Leningradi_Edasi_toimetus, lk 108
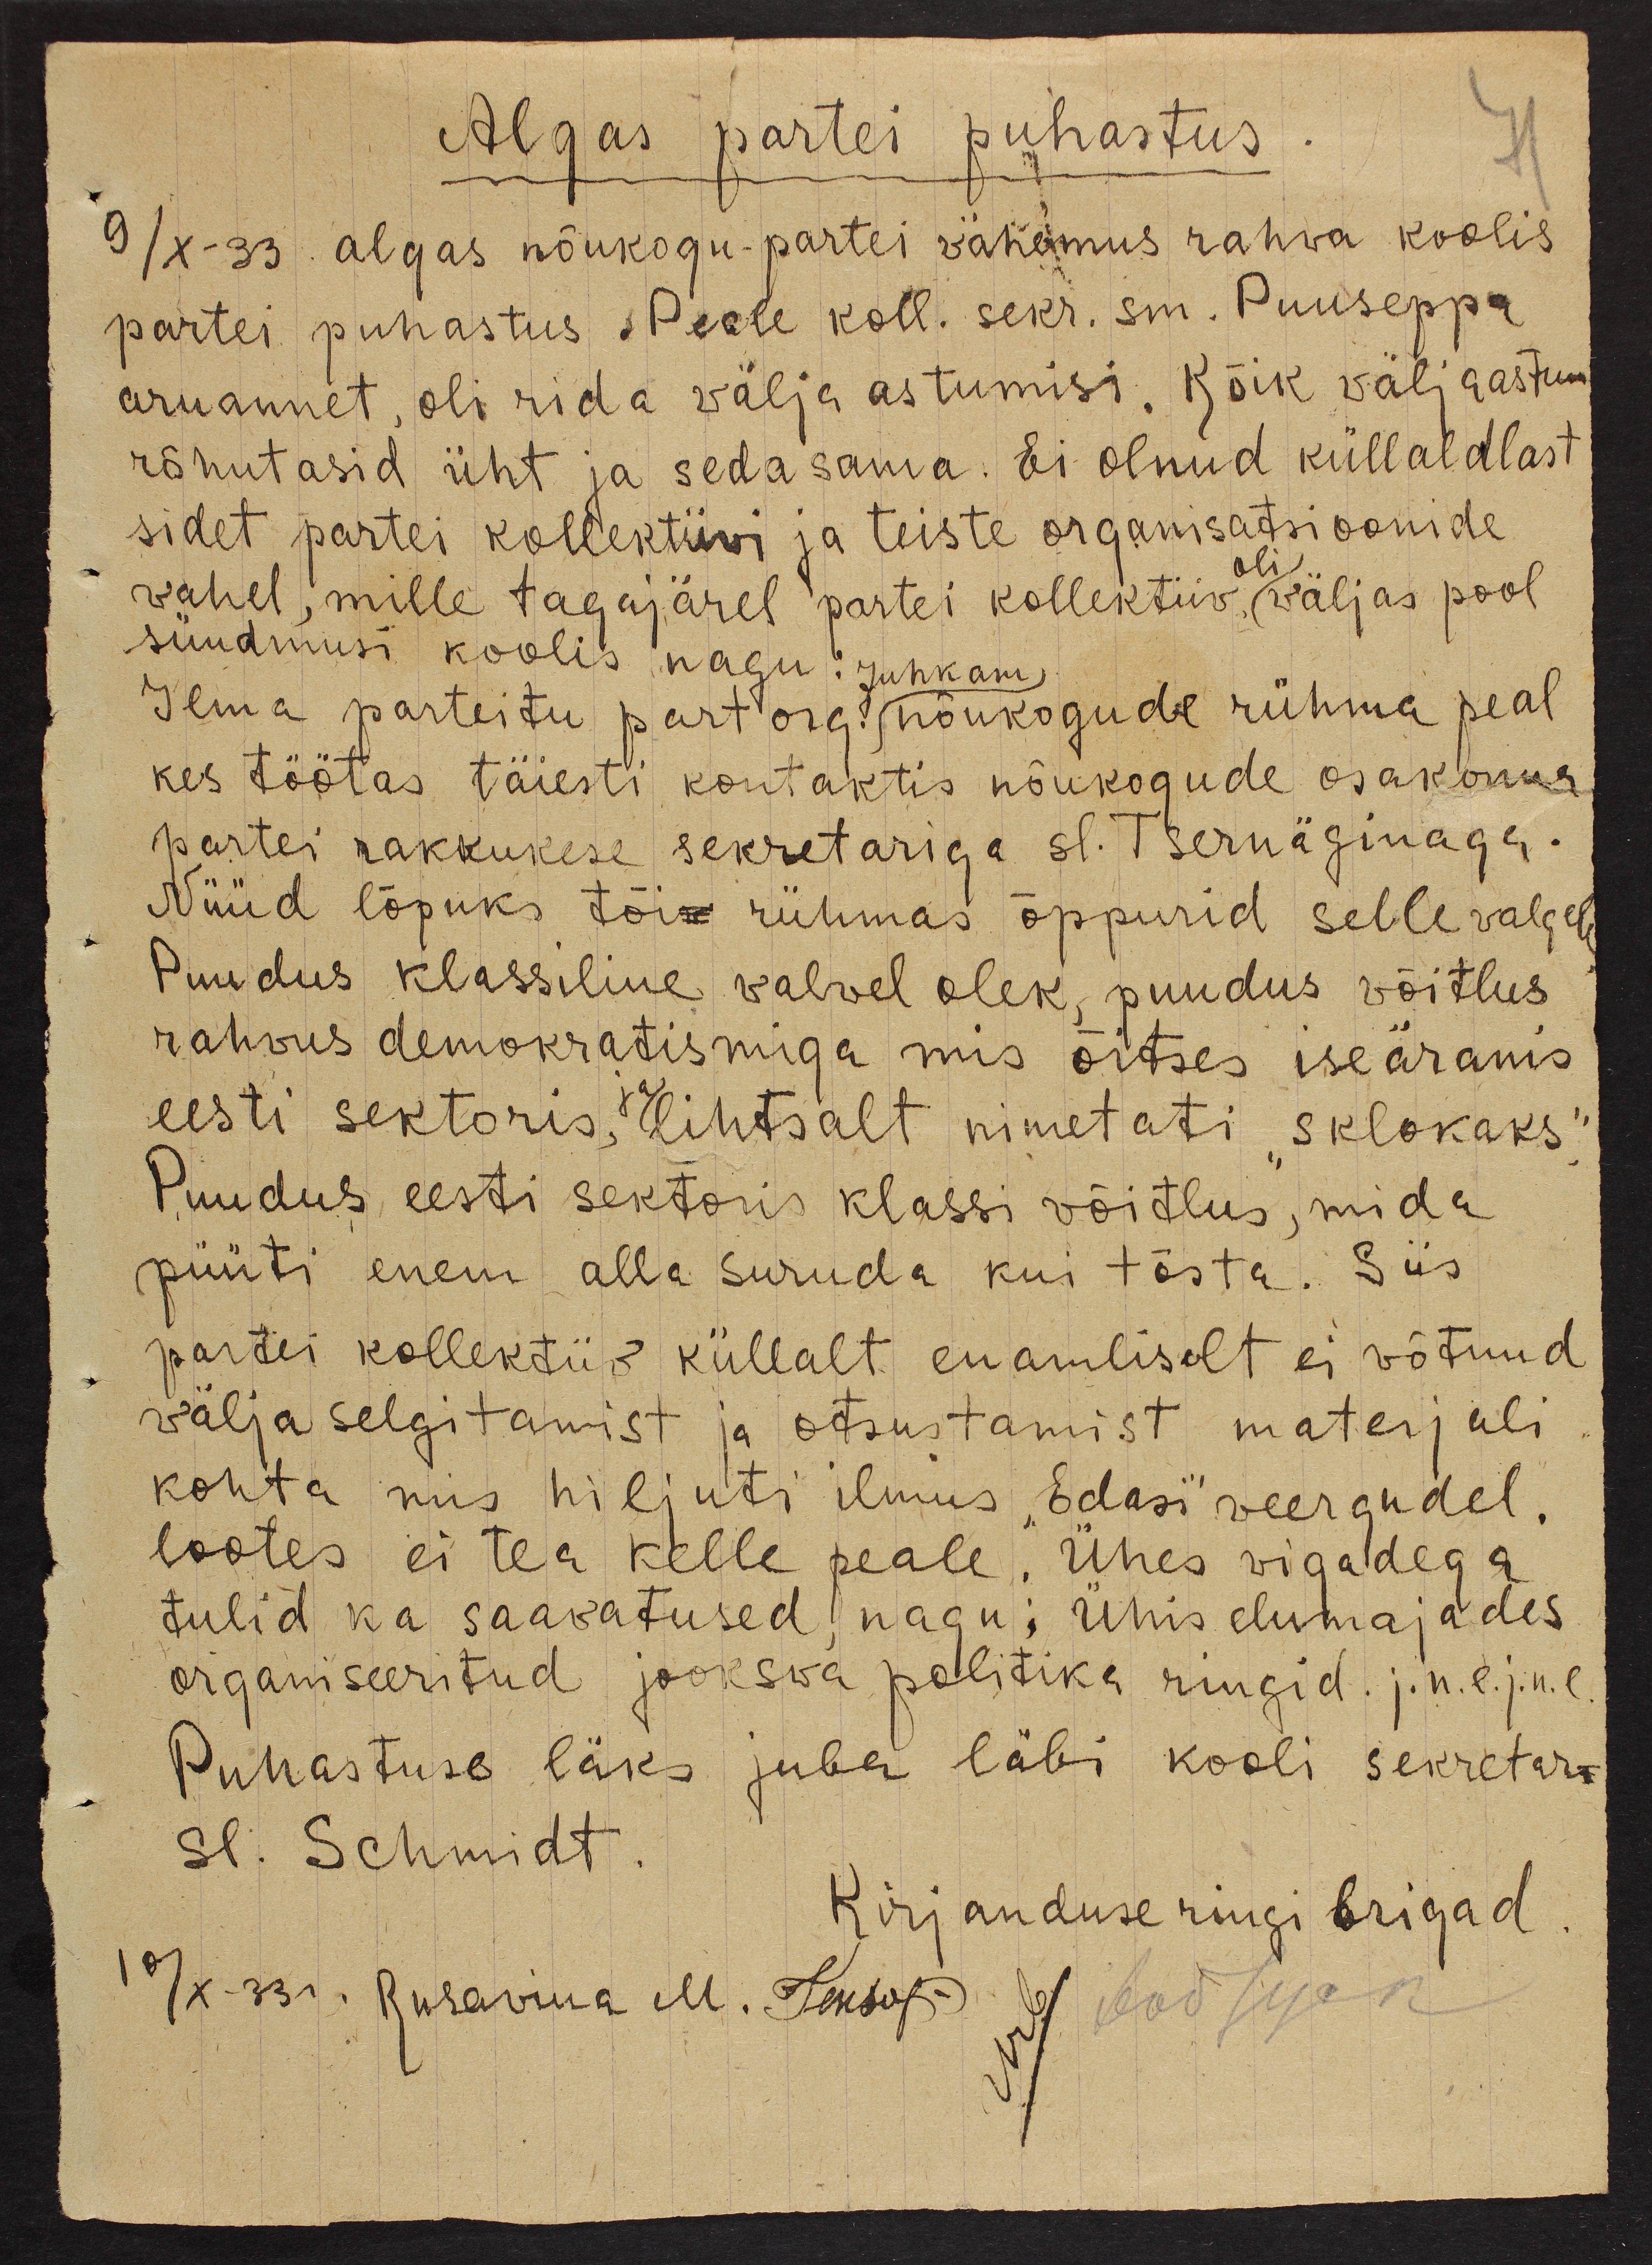
Algas partei puhastus.
71
9/X-33 algas nõukogu - partei vähemus rahva koolis
partei puhastus. Peale koll. sekr. sm. Puuseppa
aruannet, oli rida välja astumisi. Kõik väljaastum
rõhutasid üht ja sedasama. Ei olnud küllaldlast
sidet partei kollektiivi ja teiste organisatsioonide
oli.
vahel, mille tagajärel partei kollektiiv, väljas pool
sündmusi koolis nagu:
Juhkam
Ilma parteitu part org. nõukogude rühma peal
kes töötas täiesti kontaktis nõukogude osakonna
partei rakkukese sekretariga sl. Tsernäginaga.
Nüüd lõpuks tõis rühmas õppurid selle valgele.
Puudus klassiline valvel olek, puudus võitlus
rahvus demokratismiga mis õitses iseäranis
eesti sektoris, ja lihtsalt nimetati "sklokaks".
Puudus eesti sektoris klassi võitlus, mida
püüti enem alla suruda kui tõsta. Siis
partei kollektiiv küllalt enamliselt ei võtnud
välja selgitamist ja otsustamist materjali
kohta mis hiljuti ilmus "Edasi" veergudel,
lootes ei tea kelle peale. Ühes vigadega
tulid ka saavutused, nagu: Ühis elumajades
organiseeritud jooksva politika ringid j.n.e.j.n.e.
Puhastuse läks juba läbi kooli sekretar -
sl. Schmidt.
Kirjanduse ringi brigad.
10/X-33 г Rusavina M. Tensof
Urb